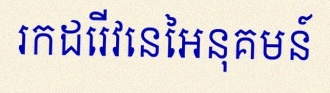
រកដេរីវេនៃអនុគមន៍